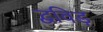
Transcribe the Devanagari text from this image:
द्वविड़